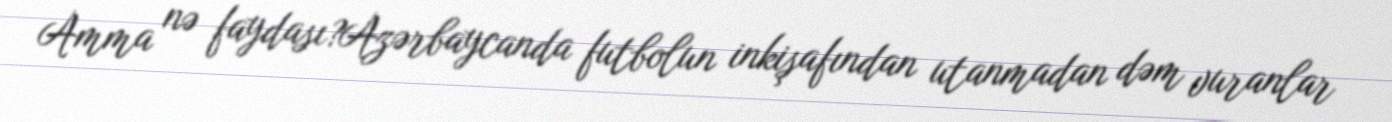
Amma nə faydası?Azərbaycanda futbolun inkişafından utanmadan dəm vuranlar